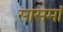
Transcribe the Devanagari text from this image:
सासमां